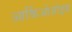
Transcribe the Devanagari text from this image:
आर्किओज़ोइक